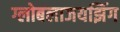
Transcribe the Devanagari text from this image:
ग्लोबलाजयझिंग